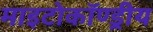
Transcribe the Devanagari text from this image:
माइटोकॉण्ड्रीय